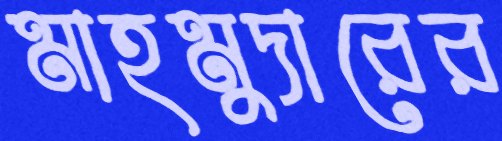
মাহমুদারের